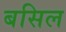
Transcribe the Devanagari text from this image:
बसिल